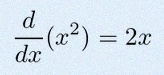
\frac{d}{dx}(x^2)=2x